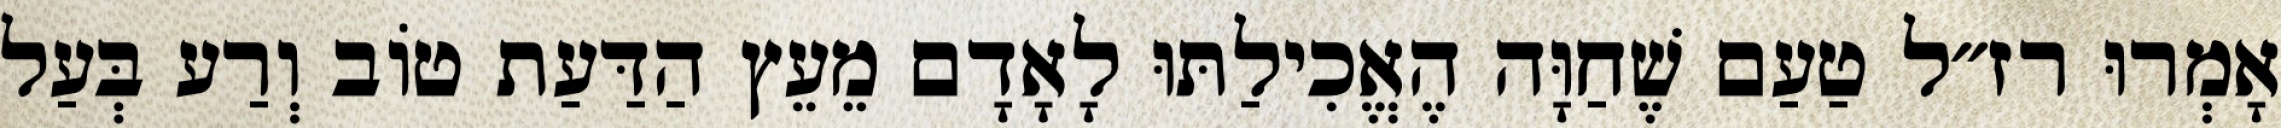
אָמְרוּ רז״ל טַעַם שֶׁחַוָּה הֶאֱכִילַתּוּ לָאָדָם מֵעֵץ הַדַּעַת טוֹב וְרַע בְּעַל